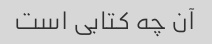
آن چه کتابی است